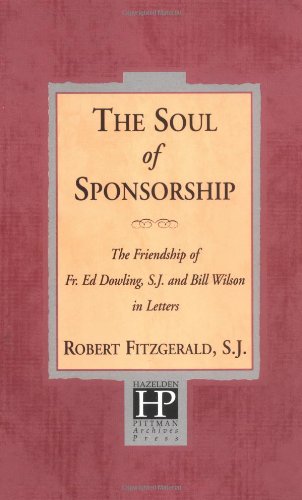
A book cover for The Soul of Sponsorship: The Friendship of Fr. Ed Dowling, S.J. and Bill Wilson in Letters; Robert Fitzgerald  S.J.; Self-Help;